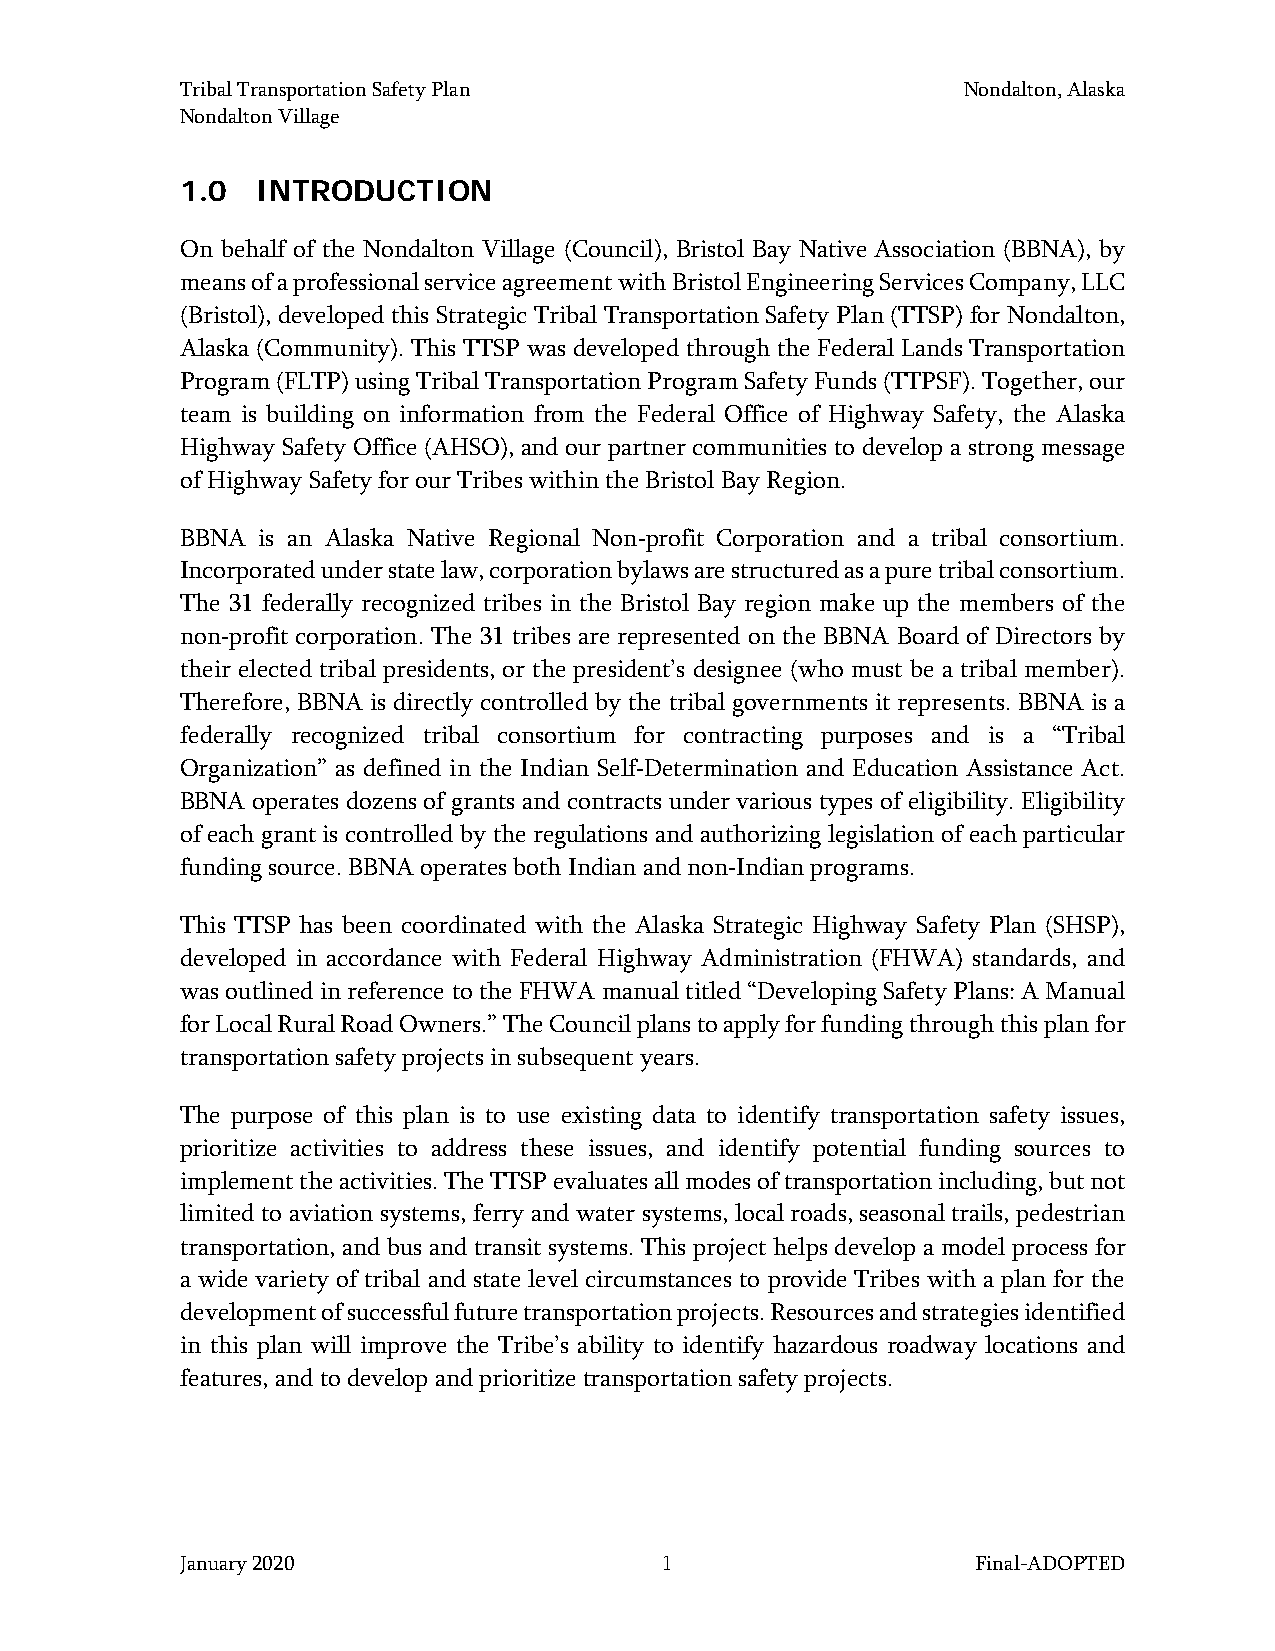
Tribal Transportation Safety Plan                   Nondalton, Alaska
 Nondalton Village
 1.0  INTRODUCTION
 On behalf of the Nondalton Village (Council), Bristol Bay Native Association (BBNA), by
 means of a professional service agreement with Bristol Engineering Services Company, LLC
 (Bristol), developed this Strategic Tribal Transportation Safety Plan (TTSP) for Nondalton,
 Alaska (Community). This TTSP was developed through the Federal Lands Transportation
 Program (FLTP) using Tribal Transportation Program Safety Funds (TTPSF). Together, our
 team is building on information from the Federal Office of Highway Safety, the Alaska
 Highway Safety Office (AHSO), and our partner communities to develop a strong message
 of Highway Safety for our Tribes within the Bristol Bay Region.
 BBNA is an Alaska Native Regional Non profit Corporation and a tribal consortium.
 Incorporated under state law, corporation bylaws are structured as a pure tribal consortium.
 ‐
 The 31 federally recognized tribes in the Bristol Bay region make up the members of the
 non profit corporation. The 31 tribes are represented on the BBNA Board of Directors by
 their elected tribal presidents, or the president’s designee (who must be a tribal member).
 ‐
 Therefore, BBNA is directly controlled by the tribal governments it represents. BBNA is a
 federally recognized tribal consortium for contracting purposes and is a “Tribal
 Organization” as defined in the Indian Self Determination and Education Assistance Act.
 BBNA operates dozens of grants and contracts under various types of eligibility. Eligibility
 ‐
 of each grant is controlled by the regulations and authorizing legislation of each particular
 funding source. BBNA operates both Indian and non Indian programs.
 This TTSP has been coordinated with the Alaska St‐rategic Highway Safety Plan (SHSP),
 developed in accordance with Federal Highway Administration (FHWA) standards, and
 was outlined in reference to the FHWA manual titled “Developing Safety Plans: A Manual
 for Local Rural Road Owners.” The Council plans to apply for funding through this plan for
 transportation safety projects in subsequent years.
 The purpose of this plan is to use existing data to identify transportation safety issues,
 prioritize activities to address these issues, and identify potential funding sources to
 implement the activities. The TTSP evaluates all modes of transportation including, but not
 limited to aviation systems, ferry and water systems, local roads, seasonal trails, pedestrian
 transportation, and bus and transit systems. This project helps develop a model process for
 a wide variety of tribal and state level circumstances to provide Tribes with a plan for the
 development of successful future transportation projects. Resources and strategies identified
 in this plan will improve the Tribe’s ability to identify hazardous roadway locations and
 features, and to develop and prioritize transportation safety projects.
 January 2020                    1                    Final-ADOPTED